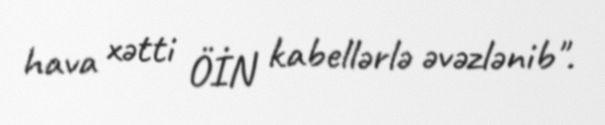
hava xətti ÖİN kabellərlə əvəzlənib".